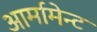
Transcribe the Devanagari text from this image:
आर्मामेन्ट